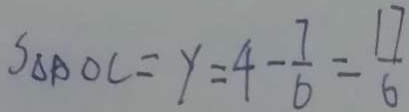
S _ { \Delta A O C } = y = 4 - \frac { 7 } { 6 } = \frac { 1 7 } { 6 }